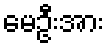
မေဦးအား